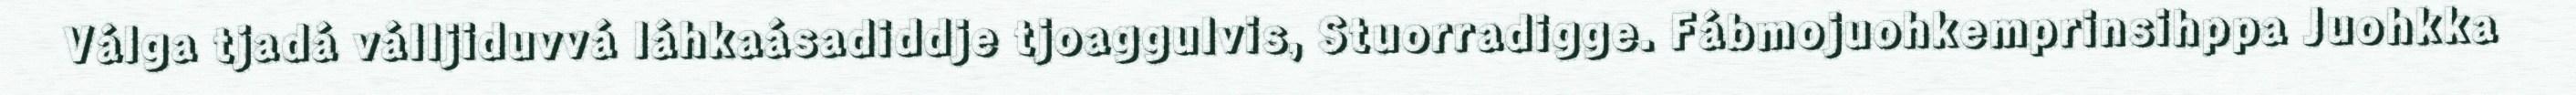
Válga tjadá válljiduvvá láhkaásadiddje tjoaggulvis, Stuorradigge. Fábmojuohkemprinsihppa Juohkka